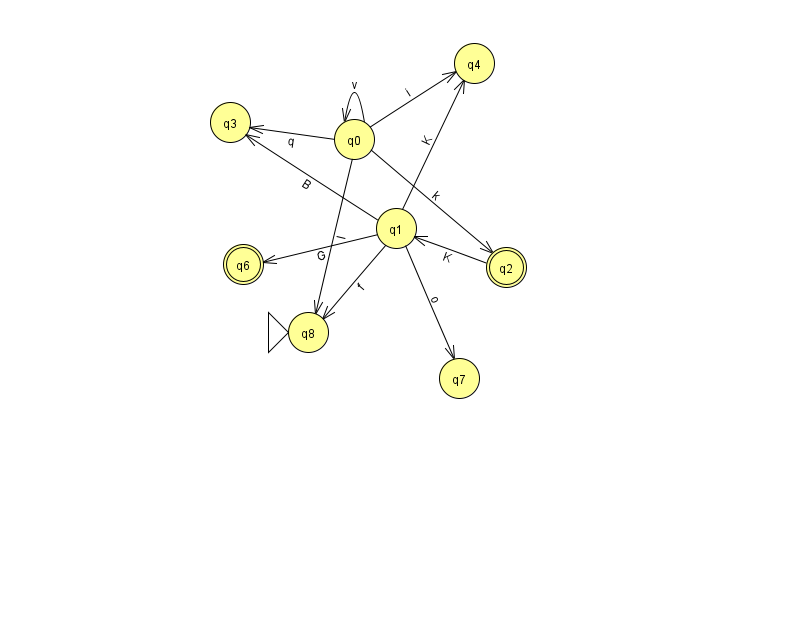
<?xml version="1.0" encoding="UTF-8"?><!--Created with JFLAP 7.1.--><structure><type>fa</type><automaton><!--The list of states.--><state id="0" name="q0"><x>354.0</x><y>126.0</y></state><state id="1" name="q1"><x>396.0</x><y>215.0</y></state><state id="2" name="q2"><x>506.0</x><y>254.0</y><final/></state><state id="3" name="q3"><x>230.0</x><y>109.0</y></state><state id="4" name="q4"><x>474.0</x><y>50.0</y></state><state id="6" name="q6"><x>243.0</x><y>251.0</y><final/></state><state id="7" name="q7"><x>459.0</x><y>365.0</y></state><state id="8" name="q8"><x>308.0</x><y>319.0</y><initial/></state><!--The list of transitions.--><transition><from>0</from><to>2</to><read>k</read></transition><transition><from>1</from><to>4</to><read>K</read></transition><transition><from>1</from><to>6</to><read>G</read></transition><transition><from>0</from><to>4</to><read>i</read></transition><transition><from>2</from><to>1</to><read>K</read></transition><transition><from>0</from><to>8</to><read>I</read></transition><transition><from>1</from><to>7</to><read>o</read></transition><transition><from>0</from><to>0</to><read>v</read></transition><transition><from>1</from><to>8</to><read>f</read></transition><transition><from>0</from><to>3</to><read>q</read></transition><transition><from>1</from><to>3</to><read>B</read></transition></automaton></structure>